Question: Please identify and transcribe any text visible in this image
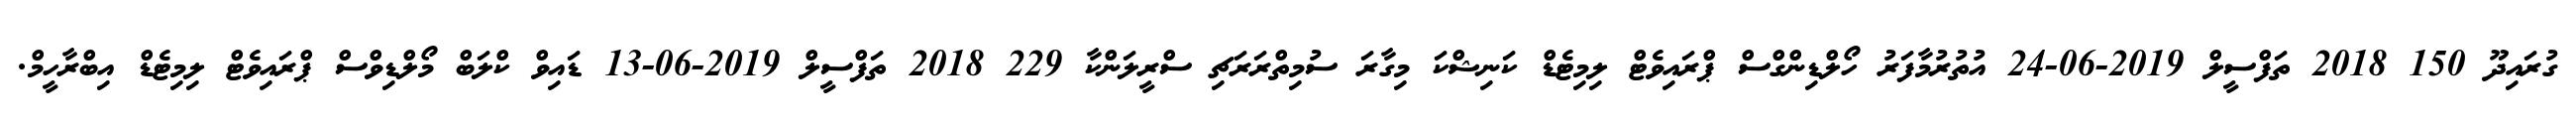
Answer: ގުރައިދޫ 150 2018 ތަފްސީލް 2019-06-24 އުތުރުމާފަރު ހޯލްޑިންގްސް ޕްރައިވެޓް ލިމިޓެޑް ކަނިޝްކަ މިގާރަ ސުމިތްރަރަޗި ސްރީލަންކާ 229 2018 ތަފްސީލް 2019-06-13 ޑައިވް ކްލަބް މޯލްޑިވްސް ޕްރައިވެޓް ލިމިޓެޑް އިބްރާހީމް.